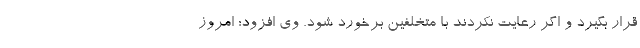
قرار بگیرد و اگر رعایت نکردند با متخلفین برخورد شود. وی افزود: امروز